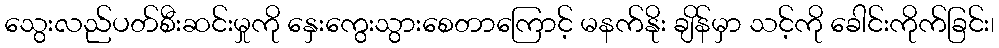
သွေးလည်ပတ်စီးဆင်းမှုကို နှေးကွေးသွားစေတာကြောင့် မနက်နိုး ချိန်မှာ သင့်ကို ခေါင်းကိုက်ခြင်း၊